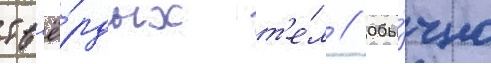
тв'ё́рдых т'е́л // Обы́чно